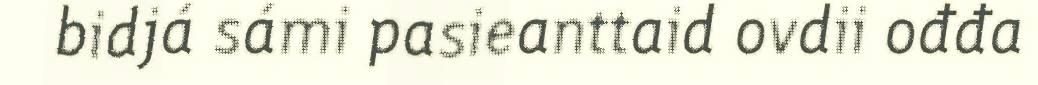
bidjá sámi pasieanttaid ovdii ođđa